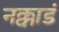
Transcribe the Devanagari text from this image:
नक्काडं